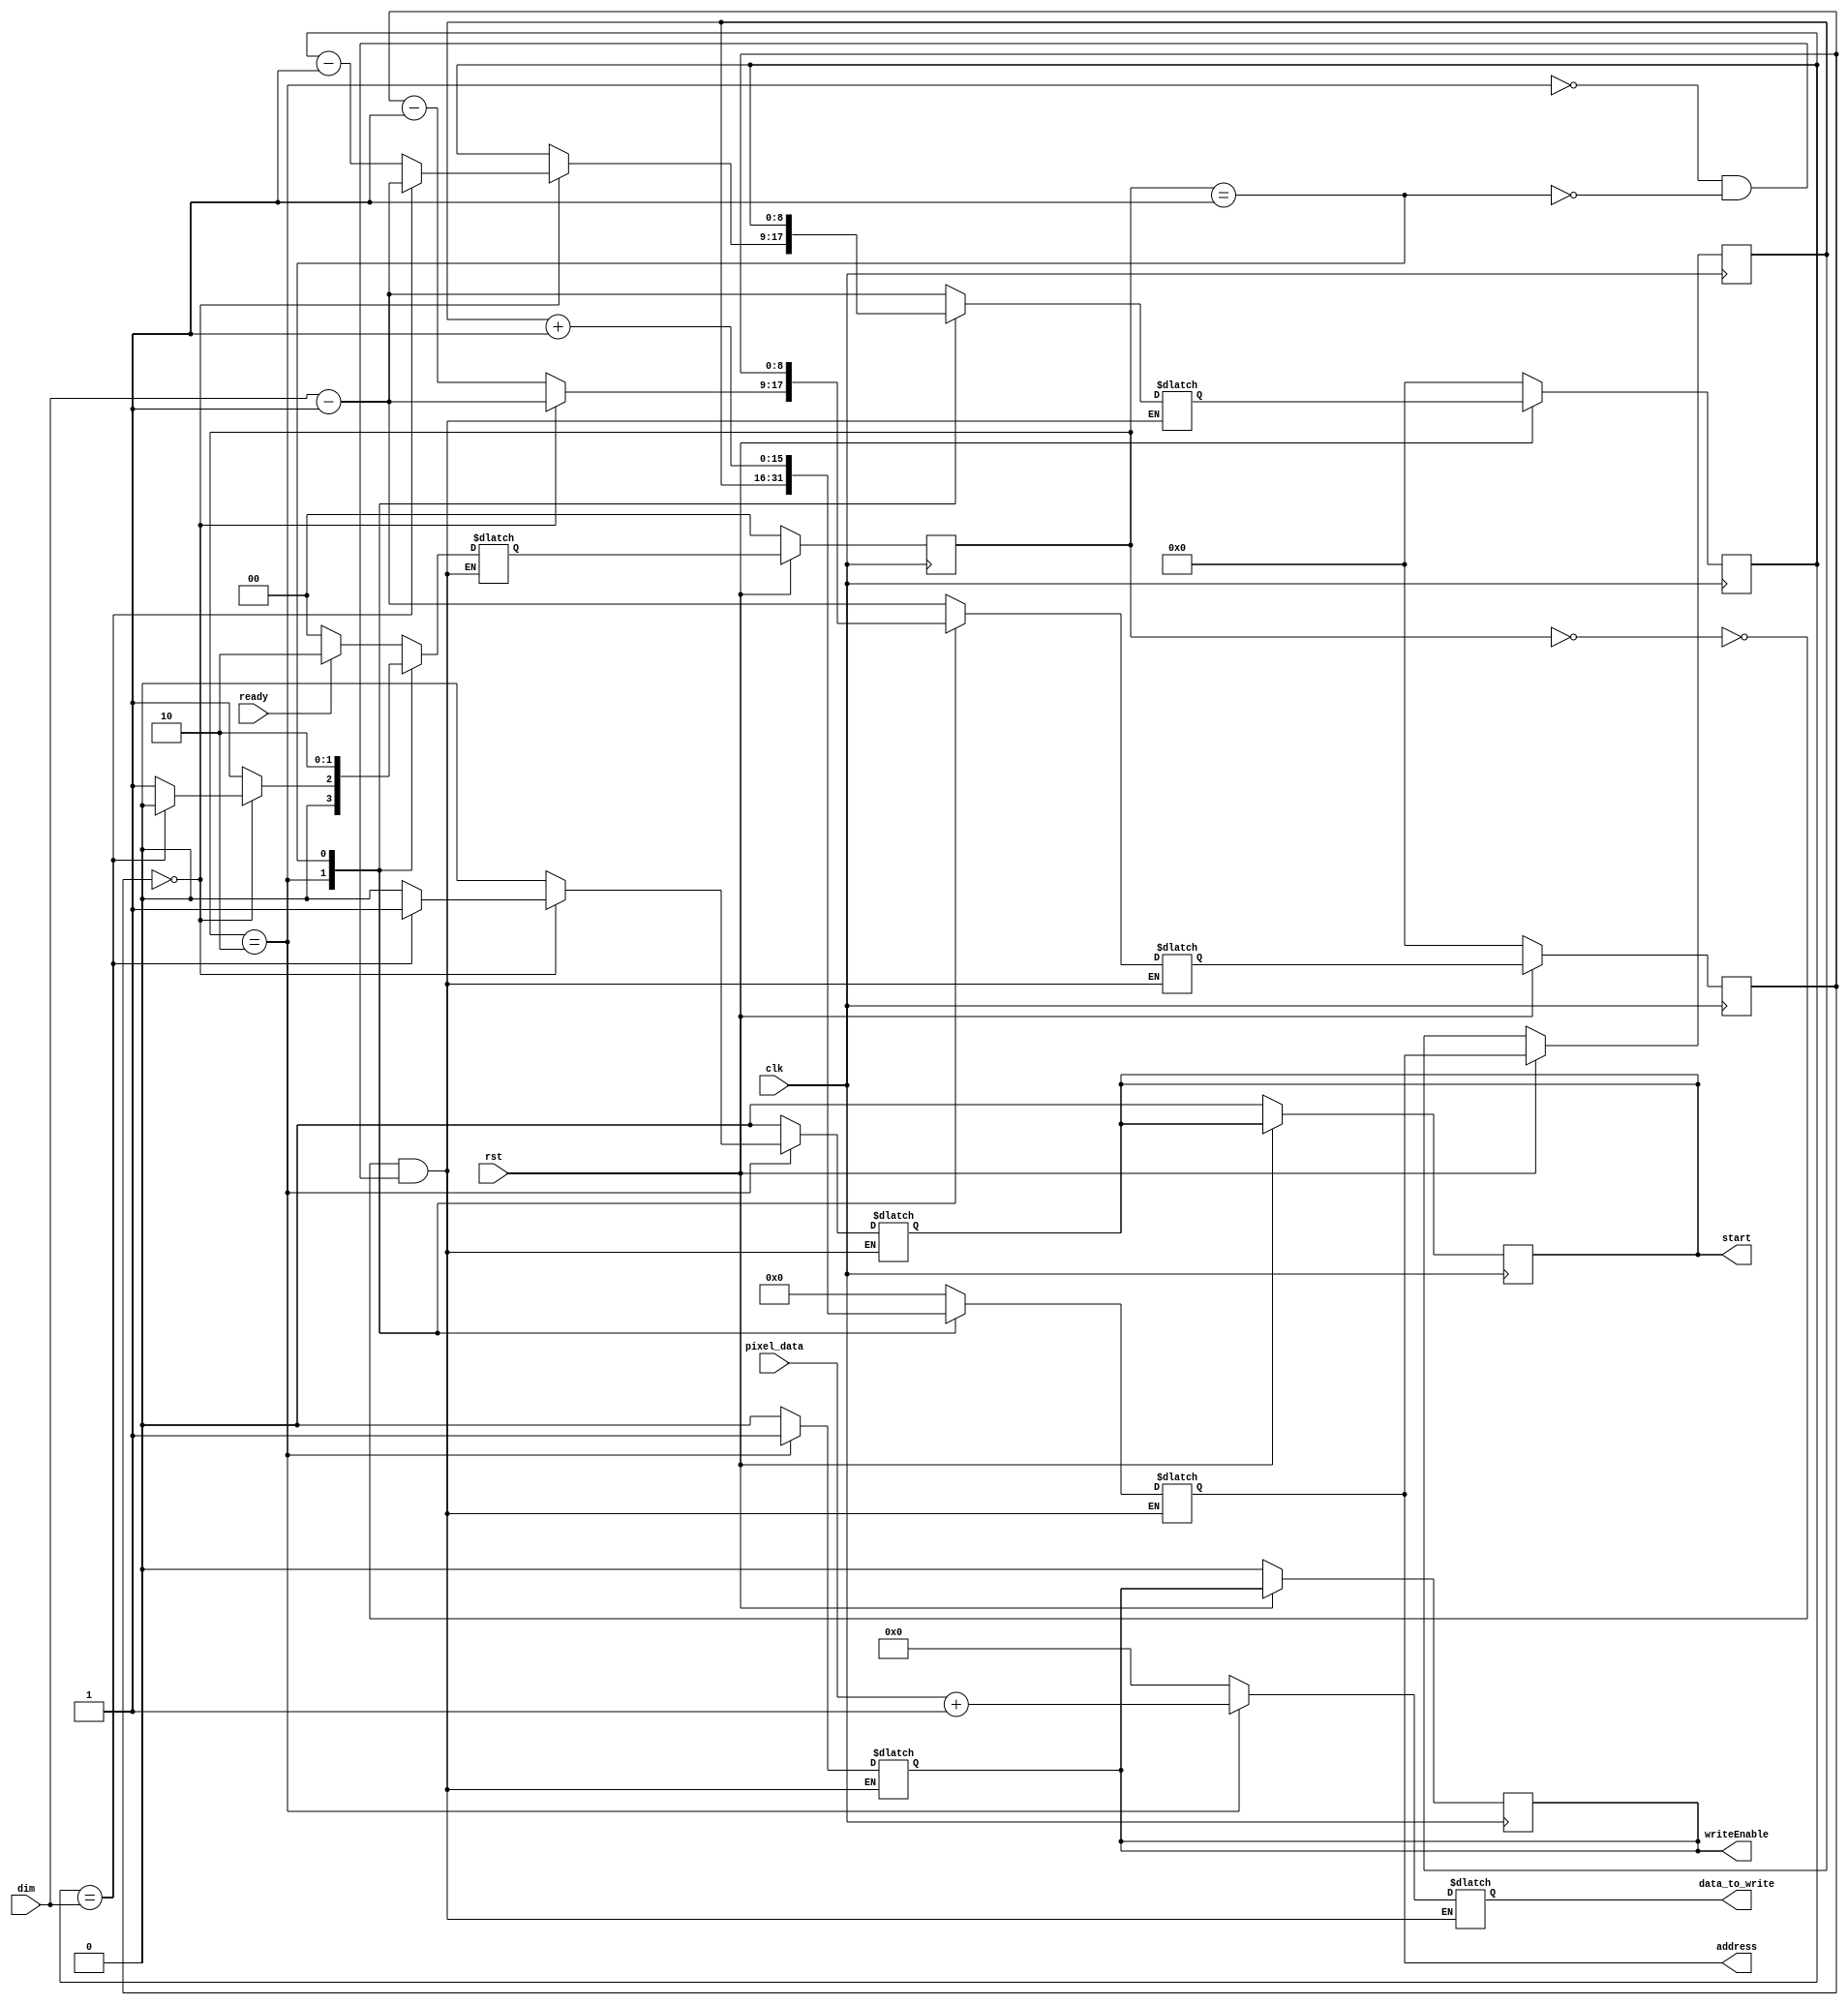
module controller(
    input clk, rst, ready,
    input [7:0] pixel_data,
    input [8:0] dim,
    output reg writeEnable, start,
    output reg [15:0] address,
    output reg [7:0] data_to_write
);

localparam IDLE = 2'b00;
localparam READ = 2'b01;
localparam WRITE = 2'b10;

reg [1:0] state, next_state;
reg [8:0] col, col_next, row, row_next;
reg [15:0] address_next;

always @(*) begin
    case(state)
        IDLE: begin
            address = 0;
            writeEnable = 0;
            start = 0;
            row_next = dim-1;
            col_next = dim-1;
            data_to_write = 0;
            if(ready) begin
                next_state = WRITE;
            end else begin
                next_state = IDLE;
            end
        end
        WRITE: begin
            address = address_next;
            writeEnable = 1;
            data_to_write = pixel_data + 1;
			if(row == 0) begin
				row_next = dim-1;
				if(col == dim) begin
					col_next = dim - 1;
					next_state = IDLE;
					start     = 1'b1;
				end else begin
					next_state= READ;
					col_next = col - 1;
					start     = 1'b0;
				end
			end else begin
                col_next = col;
                row_next = row - 1;
				next_state= READ;
				start     = 1'b0;
			end
        end

        READ: begin
            writeEnable = 0;
            row_next = row ;
            col_next = col;
            next_state = WRITE;
            address = address_next + 1;
            data_to_write = 0;
            start = 0;
        end
    endcase
end

always @(posedge clk) begin
    if(!rst) begin
        state <= IDLE;
        row <= 0;
        col <= 0;
        start <= 0;
        writeEnable <= 0;
    end else begin
        state <= next_state;
        col <= col_next;
        row <= row_next;
        address_next <= address;
    end
end 

endmodule